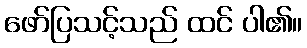
ဖော်ပြသင့်သည် ထင် ပါ၏။